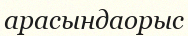
арасындаорыс